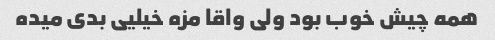
همه چیش خوب بود ولی واقا مزه خیلیی بدی میده